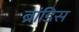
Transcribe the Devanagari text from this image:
ब्रांडिस